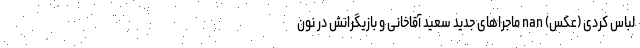
لباس کُردی (عکس) nan ماجراهای جدید سعید آقاخانی و بازیگرانش در نون